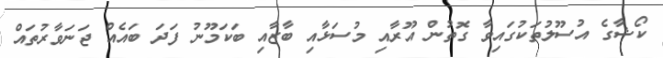
ކޯޝާގެ އުސޫލުތަކުގައިވާ ގޮތުން އޫރާއި މުސަޅާއި ބާޒާއި ބަކަމޫނު ފަދަ ބައެއް ޖަނަވާރުތައް